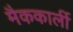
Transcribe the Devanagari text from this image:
मैककार्ली